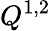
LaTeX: Q^{1,2}